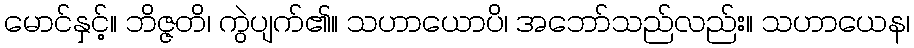
မောင်နှင့်။ ဘိဇ္ဇတိ၊ ကွဲပျက်၏။ သဟာယောပိ၊ အဘော်သည်လည်း။ သဟာယေန၊